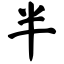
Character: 半